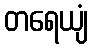
တရေယျံ